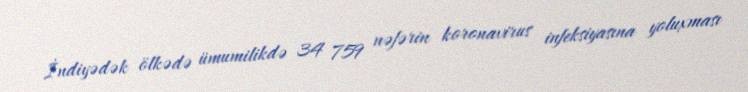
İndiyədək ölkədə ümumilikdə 34 759 nəfərin koronavirus infeksiyasına yoluxması